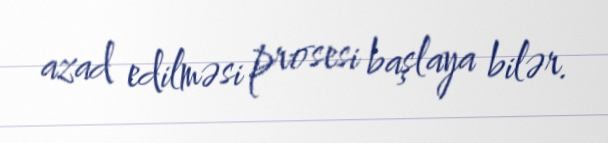
azad edilməsi prosesi başlaya bilər.